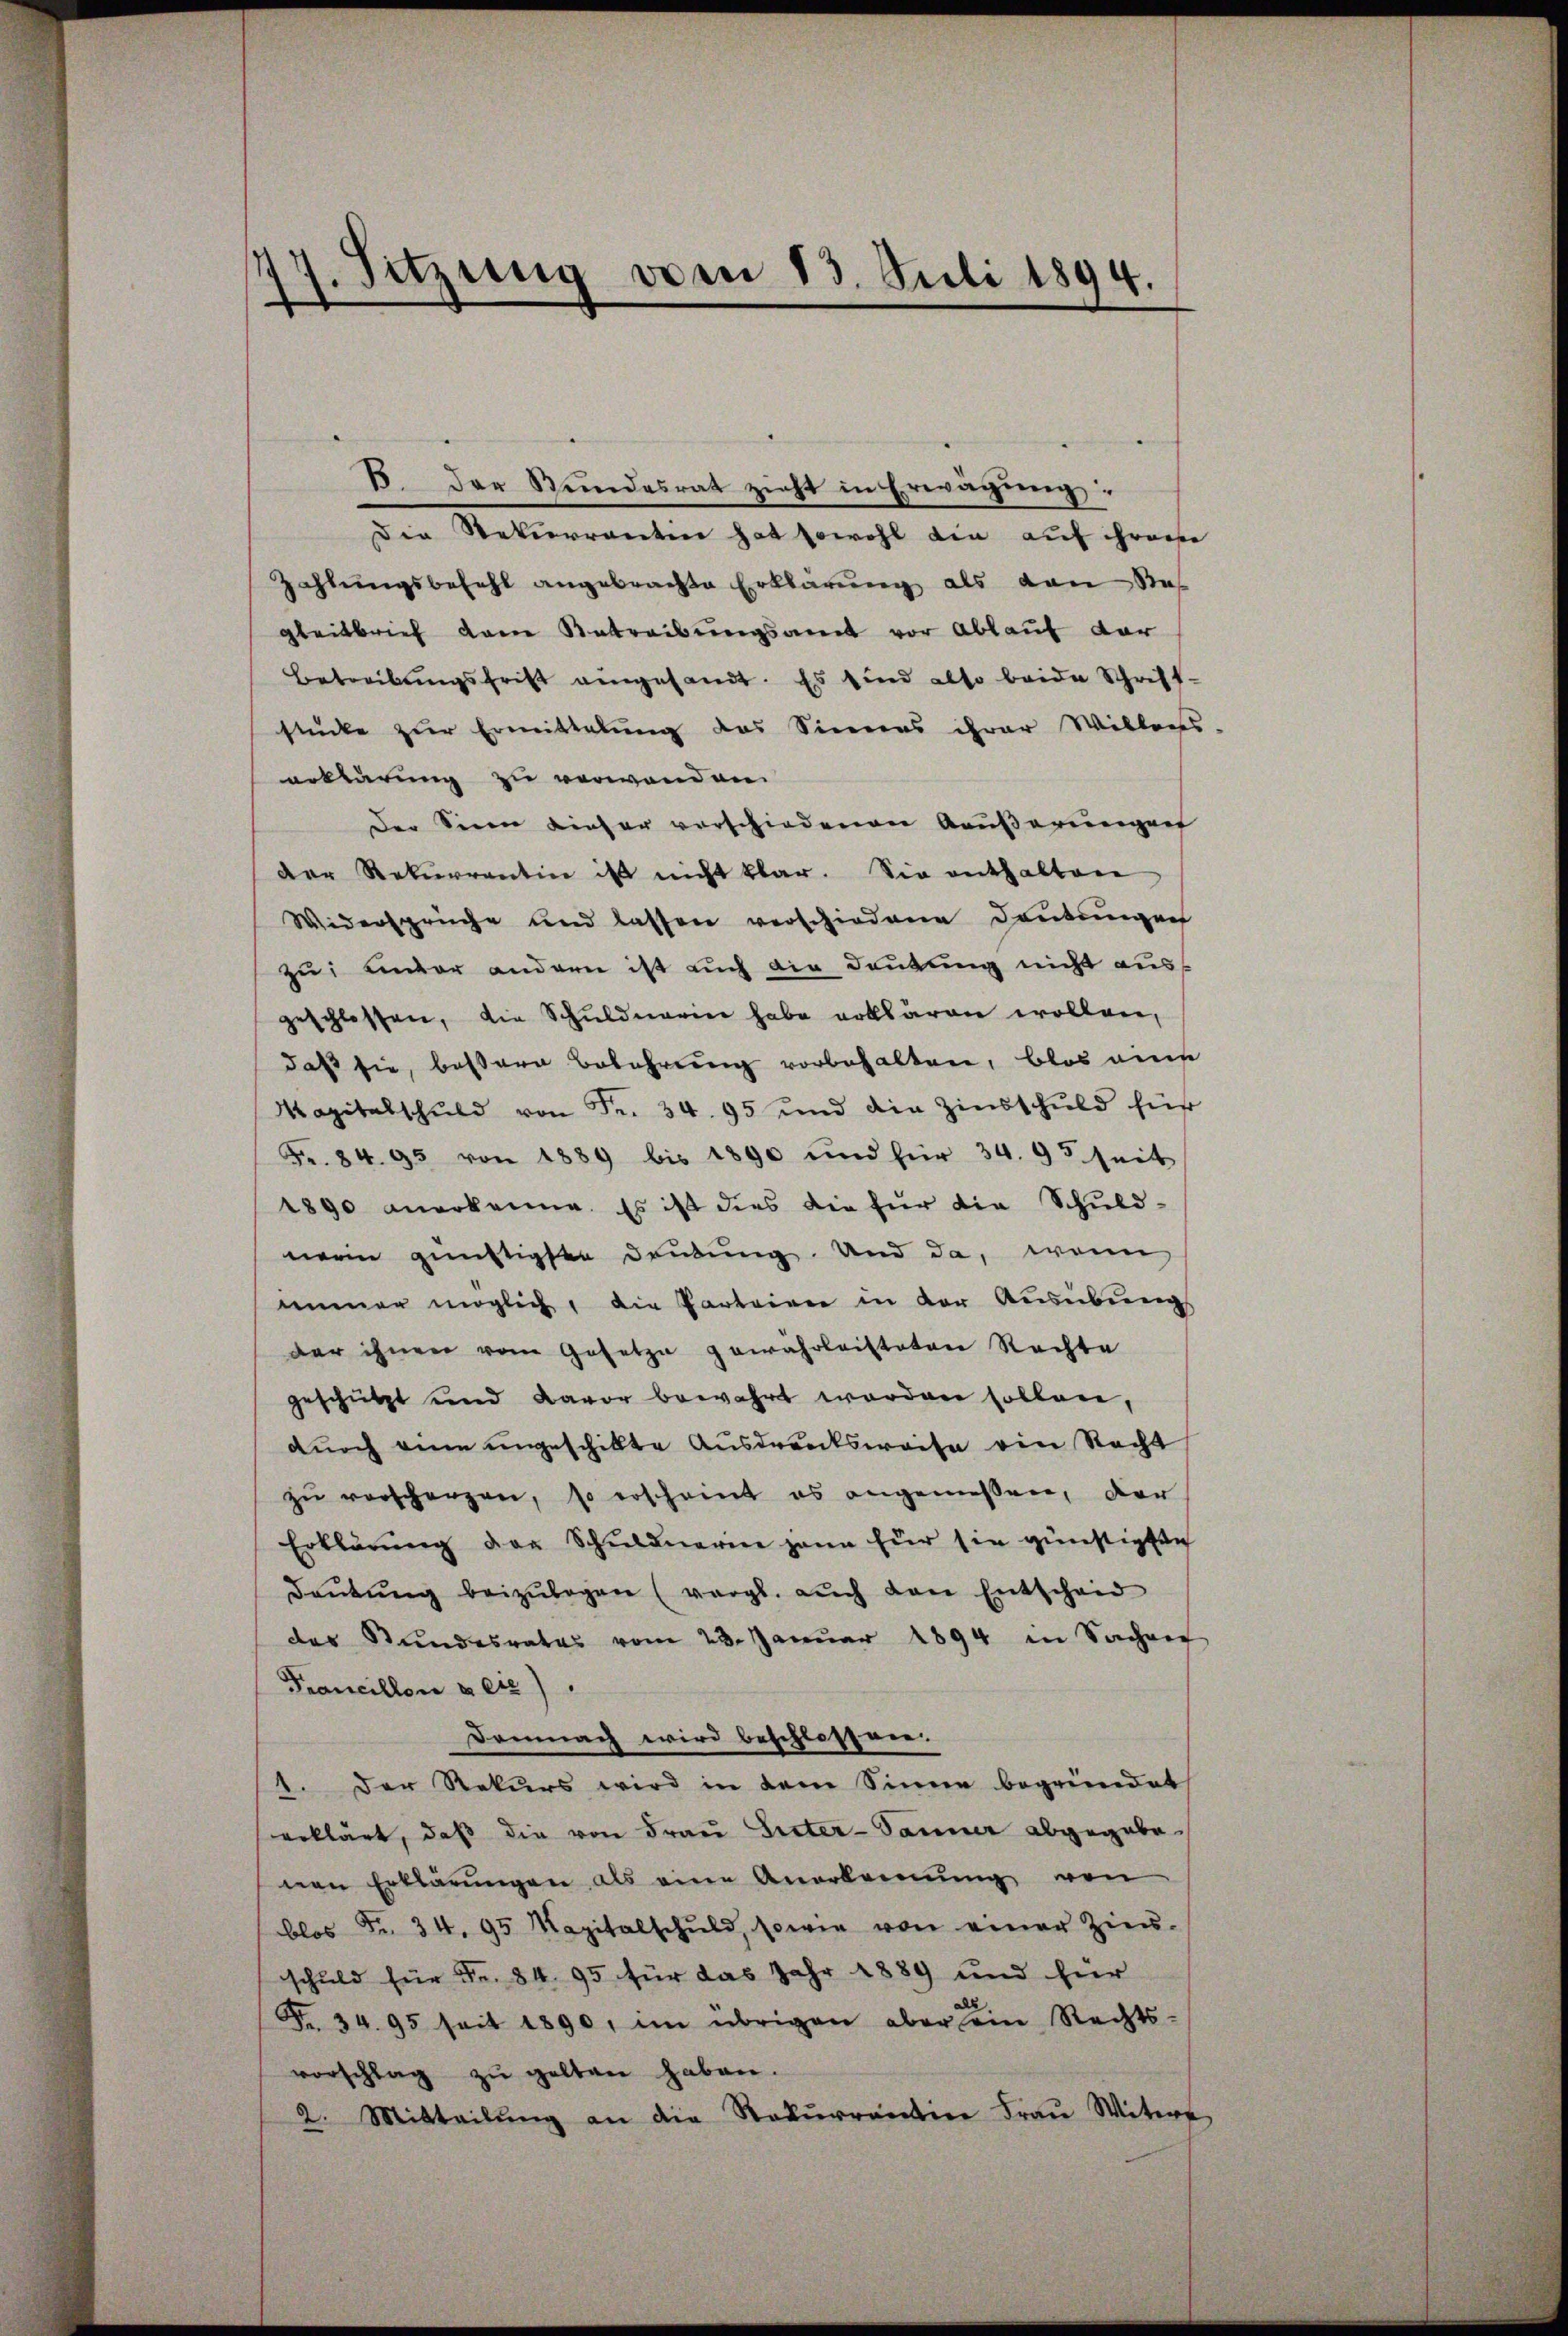
Sitzung vom 13. Juli 1894.

B. Der Bundesrat zieht in Erwägung:
Die Rekurrenten hat sowohl die auf ihrere
Zahlungsbefehl angebrachte Erklärung als von das
gleitbrief den Betreibungsamt vor Ablauf dar
Betreibungsfrist eingesandt. Es sind also beide Schrift-
stücke zur Ermittelung des Sinnes ihrer Willers.
erklärung zu verwanden.
Der Seien dieser verschiedenen Außerungen
der Rekurrentin ist nicht klar. Sie enthalten
Widersprüche und lassen verschiedene Deutungen
zu: unter andern ist auch die Deutung nicht ausgeschlossen, die Schuldnerin habe erklären wollen,
daß sie, bessere Belehrung vorbehalten, blos eine
Mapitalschuld von Fr. 34. 95 und die Zinsschuld für
Fr. 84. 95 von 1889 bis 1890 und für 34. 95 seit
1890 anerkenne. Es ist dies die für die Schuld-
nerin günstigsten Deutung. Und da, wenn
immer möglich, die Parteiver in der Ausübungs
der ihnen vom Gesetze gewährleisteten Rechte
geschützt und davor bewahrt worden sollen,
durch eine ungeschikte Ausdrucksweise ein Recht
zu verscherzen, so erscheint es angemessen, der
Erklärung der Schuldnerin gann für sie günstigten
Daŭtŭng beizŭlegen (vergl. aŭch den Entscheid
das Stundesrates vom 23. Janŭar 1894 in Sachen
Francillon zeit)
Demnach wird beschlossen.
1. Der Rekurs wird in dem Sinne begründet
erklärt, daß die von Frau Suter-Tanner abgegebe
nen Erklärungen als eine Anerkennung von
blos Fr. 34. 95 Kapitalschŭld, sowie von einer Zieŭ-
schuld für Fr. 84, 95 für das Jahr 1889 und für
Fr. 34. 95 seit 1890, im übrigen aber ein Rechts-
vorschlag zŭ gelten haben.
2. Mitteilŭng an die Rekŭrrention Fraŭ Witer